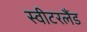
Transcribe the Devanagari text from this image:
स्‍वीटरलैंड